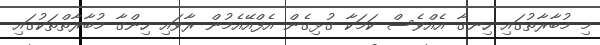
މި މުބާރާތުގައި ހިނގާ އެއްވެސް ކަމަކާ ގުޅިގެން އެފްއޭއެމުން ރާވައި ހިންގާ މުބާރާތްތަކުގައި